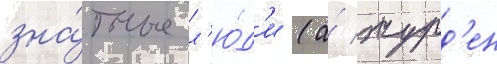
зна́тные л'ю́д'и (а́ журд'ен